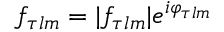
f _ { \tau l m } = | f _ { \tau l m } | e ^ { i \varphi _ { \tau l m } }